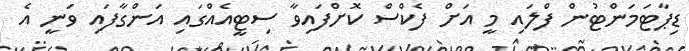
ޑިޕާޓަމަންޓުން ފްލައި މީ އަށް ފެކްސް ކޮށްފައިވާ ސިޓީއެއްގައި އަންގާފައި ވަނީ އެ